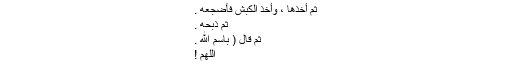
ثم أخذها ، وأخذ الكبشَ فأضجَعَه .
ثم ذبحَه .
ثم قال ( باسمِ اللهِ .
اللهم !